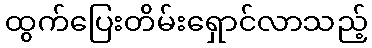
ထွက်ပြေးတိမ်းရှောင်လာသည့်